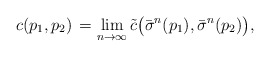
\begin{align*} c(p_1,p_2) \, = \lim_{n\to\infty} \tilde{c} \bigl(\bar\sigma^n(p_1),\bar\sigma^n(p_2)\bigr),\end{align*}